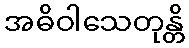
အဓိဝါသေတုန္တိ